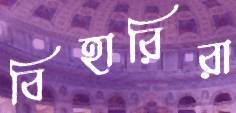
বিহারিরা